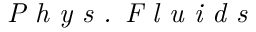
\textit { P h y s . F l u i d s }